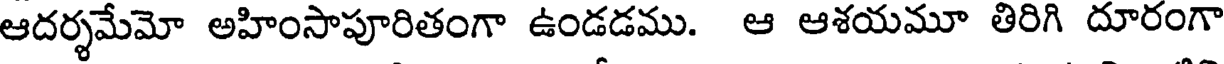
ఆదర్శమేమో అహింసాపూరితంగా ఉండడము. ఆ ఆశయమూ తిరిగి దూరంగా